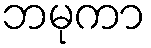
ဘမုကာ